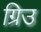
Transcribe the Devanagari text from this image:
ग्रिउ